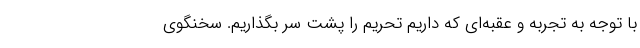
با توجه به تجربه و عقبه‌ای که داریم تحریم را پشت سر بگذاریم. سخنگوی